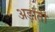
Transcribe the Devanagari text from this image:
अड़ाती